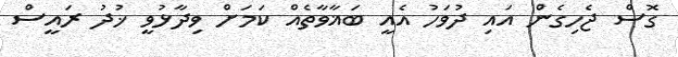
ގޮސް ޖެހިގެން އައި ދުވަހު އެއީ ބަޣާވާތެއް ކަމަށް ވިދާޅުވީ ޚުދު ރައީސް